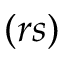
( r s )